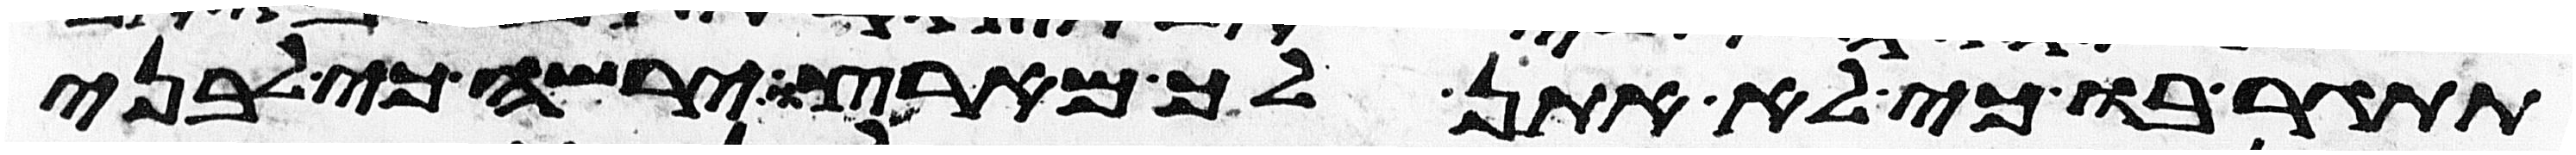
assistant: תתגר בו כי לא אתן לך מארצו ירשה כי לבני